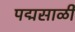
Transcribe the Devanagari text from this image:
पद्मसाळी